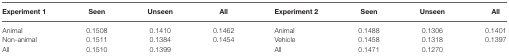
| Experiment 1 | Seen | Unseen | All | Experiment 2 | Seen | Unseen | All |
 | --- | --- | --- | --- | --- | --- | --- | --- |
 | Animal | 0.1508 | 0.1410 | 0.1462 | Animal | 0.1488 | 0.1306 | 0.1401 |
 | Non-animal | 0.1511 | 0.1384 | 0.1454 | Vehicle | 0.1458 | 0.1318 | 0.1397 |
 | All | 0.1510 | 0.1399 |  | All | 0.1471 | 0.1270 |  |